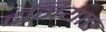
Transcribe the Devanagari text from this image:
दनियाए